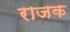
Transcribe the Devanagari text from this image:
राजक